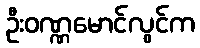
ဦးဝဏ္ဏမောင်လွင်က